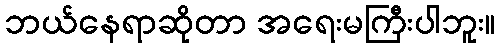
ဘယ်နေရာဆိုတာ အရေးမကြီးပါဘူး။